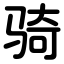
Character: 骑